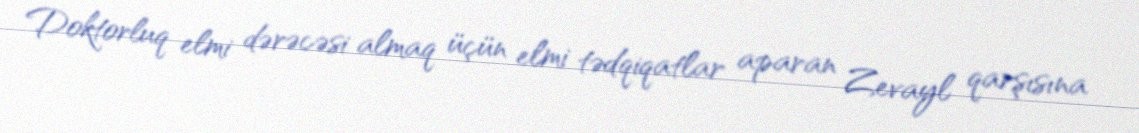
Doktorluq elmi dərəcəsi almaq üçün elmi tədqiqatlar aparan Zevayl qarşısına